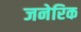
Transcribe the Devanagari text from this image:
जनेरिक